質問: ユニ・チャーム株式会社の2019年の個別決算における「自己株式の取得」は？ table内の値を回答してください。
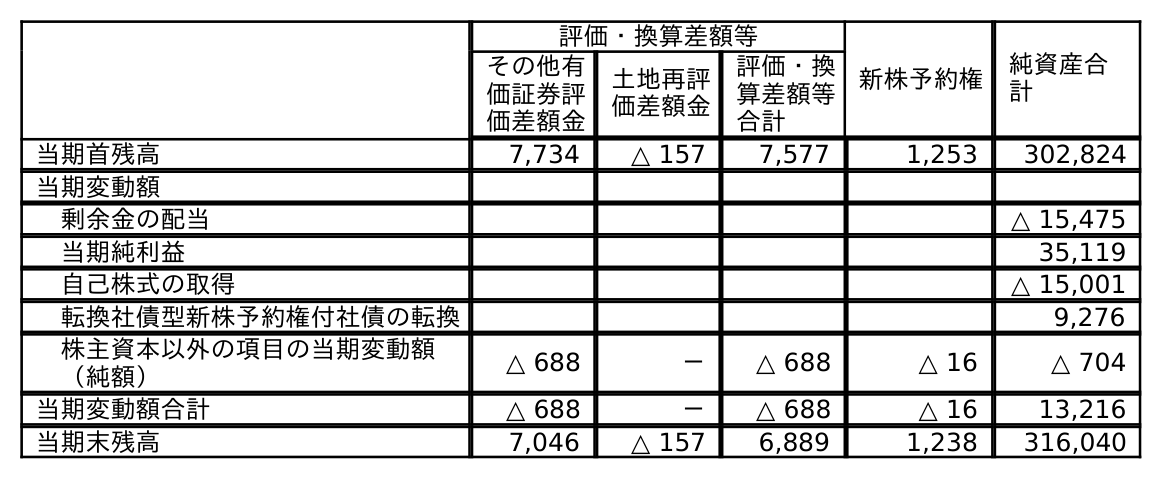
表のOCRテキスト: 評価・換算差額等 新株予約権 純資産合 計 その他有 価証券評 価差額金 土地再評 価差額金 評価・換 算差額等 合計 当期首残高 7,734 △ 157 7,577 1,253 302,824 当期変動額 剰余金の配当 △ 15,475 当期純利益 35,119 自己株式の取得 △ 15,001 転換社債型新株予約権付社債の転換 9,276 株主資本以外の項目の当期変動額 （純額） △ 688 － △ 688 △ 16 △ 704 当期変動額合計 △ 688 － △ 688 △ 16 13,216 当期末残高 7,046 △ 157 6,889 1,238 316,040
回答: △15,001